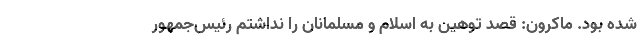
شده بود. ماکرون: قصد توهین به اسلام و مسلمانان را نداشتم رئیس‌جمهور